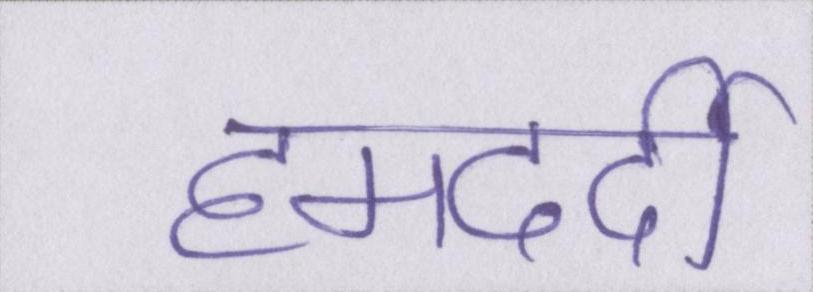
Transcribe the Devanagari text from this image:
हमदर्दी